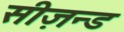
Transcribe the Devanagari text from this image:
सीज़न्ड